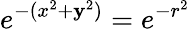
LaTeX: e^{-(x^{2}+\mathbf{y}^{2})}=e^{-r^{2}}